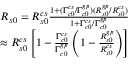
\begin{array} { r } { R _ { s 0 } = R _ { s 0 } ^ { c s } \frac { 1 + ( \Gamma _ { c 0 } ^ { c s } / \Gamma _ { c 0 } ^ { g p } ) ( R _ { s 0 } ^ { g p } / { R _ { s 0 } ^ { c s } ) } } { 1 + \Gamma _ { c 0 } ^ { c s } / \Gamma _ { c 0 } ^ { g p } } } \\ { \approx R _ { s 0 } ^ { c s } \left[ 1 - \frac { \Gamma _ { c 0 } ^ { c s } } { \Gamma _ { c 0 } ^ { g p } } \left( 1 - \frac { R _ { s 0 } ^ { g p } } { R _ { s 0 } ^ { c s } } \right) \right] } \end{array}